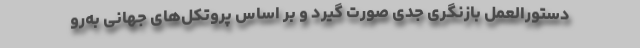
دستورالعمل بازنگری جدی صورت گیرد و بر اساس پروتکل‌های جهانی به‌رو